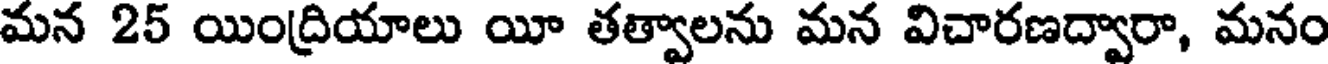
మన 25 యింద్రియాలు యీ తత్వాలను మన విచారణద్వారా, మనం